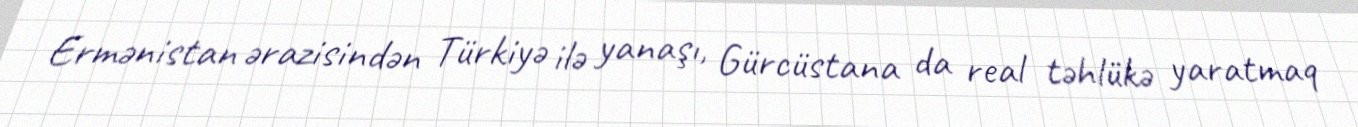
Ermənistan ərazisindən Türkiyə ilə yanaşı, Gürcüstana da real təhlükə yaratmaq